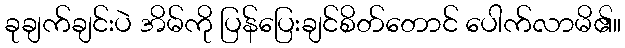
ခုချက်ချင်းပဲ အိမ်ကို ပြန်ပြေးချင်စိတ်တောင် ပေါက်လာမိ၏။